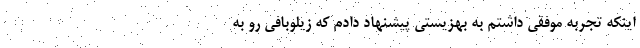
اینکه تجربه موفقی داشتم به بهزیستی پیشنهاد دادم که زیلوبافی رو به